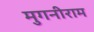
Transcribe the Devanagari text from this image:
मुगनीराम